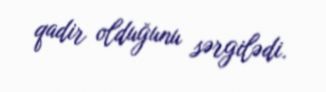
qadir olduğunu sərgilədi.